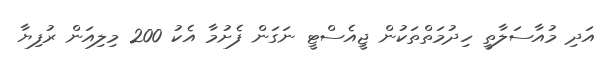
އަދި މުއާސަލާތީ ހިދުމަތްތަކުން ޖީއެސްޓީ ނަގަން ފެށުމާ އެކު 200 މިލިއަން ރުފިޔާ